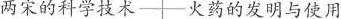
两宋的科学技术 火药的发明与使用